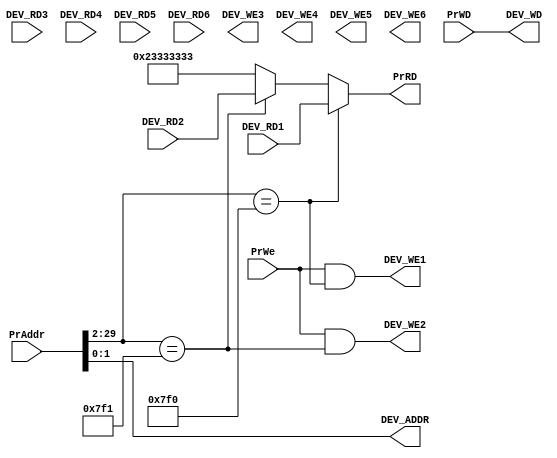
`timescale 1ns / 1ns
`define DEV1 28'h00007F0
`define DEV2 28'h00007F1
`define DEBUG_DEV_DATA 32'h23333333
//////////////////////////////////////////////////////////////////////////////////
// Company: 
// Engineer: 
// 
// Design Name: 
// Module Name:    bridge 
// Project Name: 
// Target Devices: 
// Tool versions: 
// Description: 
//
// Dependencies: 
//
// Revision: 
// Revision 0.01 - File Created
// Additional Comments: 
//
//////////////////////////////////////////////////////////////////////////////////
module bridge(
	input [31:2] PrAddr,
	input [31:0] PrWD,
	input PrWe,
	input [31:0] DEV_RD1,
	input [31:0] DEV_RD2,
	input [31:0] DEV_RD3,
	input [31:0] DEV_RD4,
	input [31:0] DEV_RD5,
	input [31:0] DEV_RD6,
	output DEV_WE1,
	output DEV_WE2,
	output DEV_WE3,
	output DEV_WE4,
	output DEV_WE5,
	output DEV_WE6,
	output [31:0] PrRD,
	output [3:2] DEV_ADDR,
	output [31:0] DEV_WD
    );
	 wire HIT_DEV1,HIT_DEV2;
	 assign DEV_WD=PrWD;
	 assign DEV_ADDR=PrAddr[3:2];// max{each device memory space}
	 assign HIT_DEV1=(PrAddr[31:4]==`DEV1);
	 assign HIT_DEV2=(PrAddr[31:4]==`DEV2);
	 assign PrRD=(HIT_DEV1)?DEV_RD1:
					 (HIT_DEV2)?DEV_RD2:
					 `DEBUG_DEV_DATA;
	 assign DEV_WE1=PrWe&HIT_DEV1;
	 assign DEV_WE2=PrWe&HIT_DEV2;
	 


endmodule